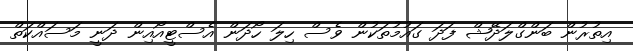
އިތުރުން ބަންގްލަދޭޝް ފަދަ ގައުމުތަކުން ވެސް ހިލަ ހޯދަން އެސްޓީއޯއިން ދަނީ މަސައްކަތް